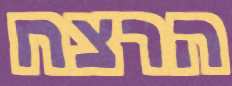
הרצח